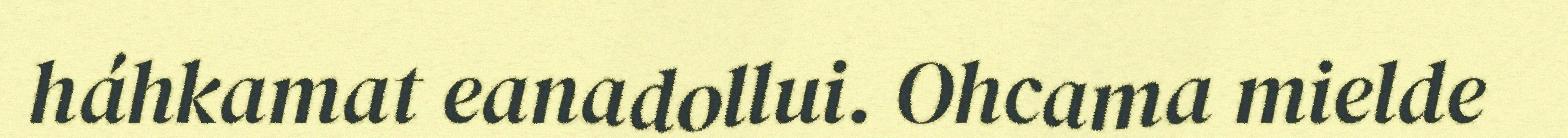
háhkamat eanadollui. Ohcama mielde